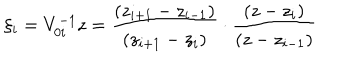
\xi _ { i } = V _ { 0 i } ^ { - 1 } z = \frac { ( z _ { i + 1 } - z _ { i - 1 } ) } { ( z _ { i + 1 } - z _ { i } ) } \cdot \frac { ( z - z _ { i } ) } { ( z - z _ { i - 1 } ) }